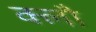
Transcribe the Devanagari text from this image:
क्लौ